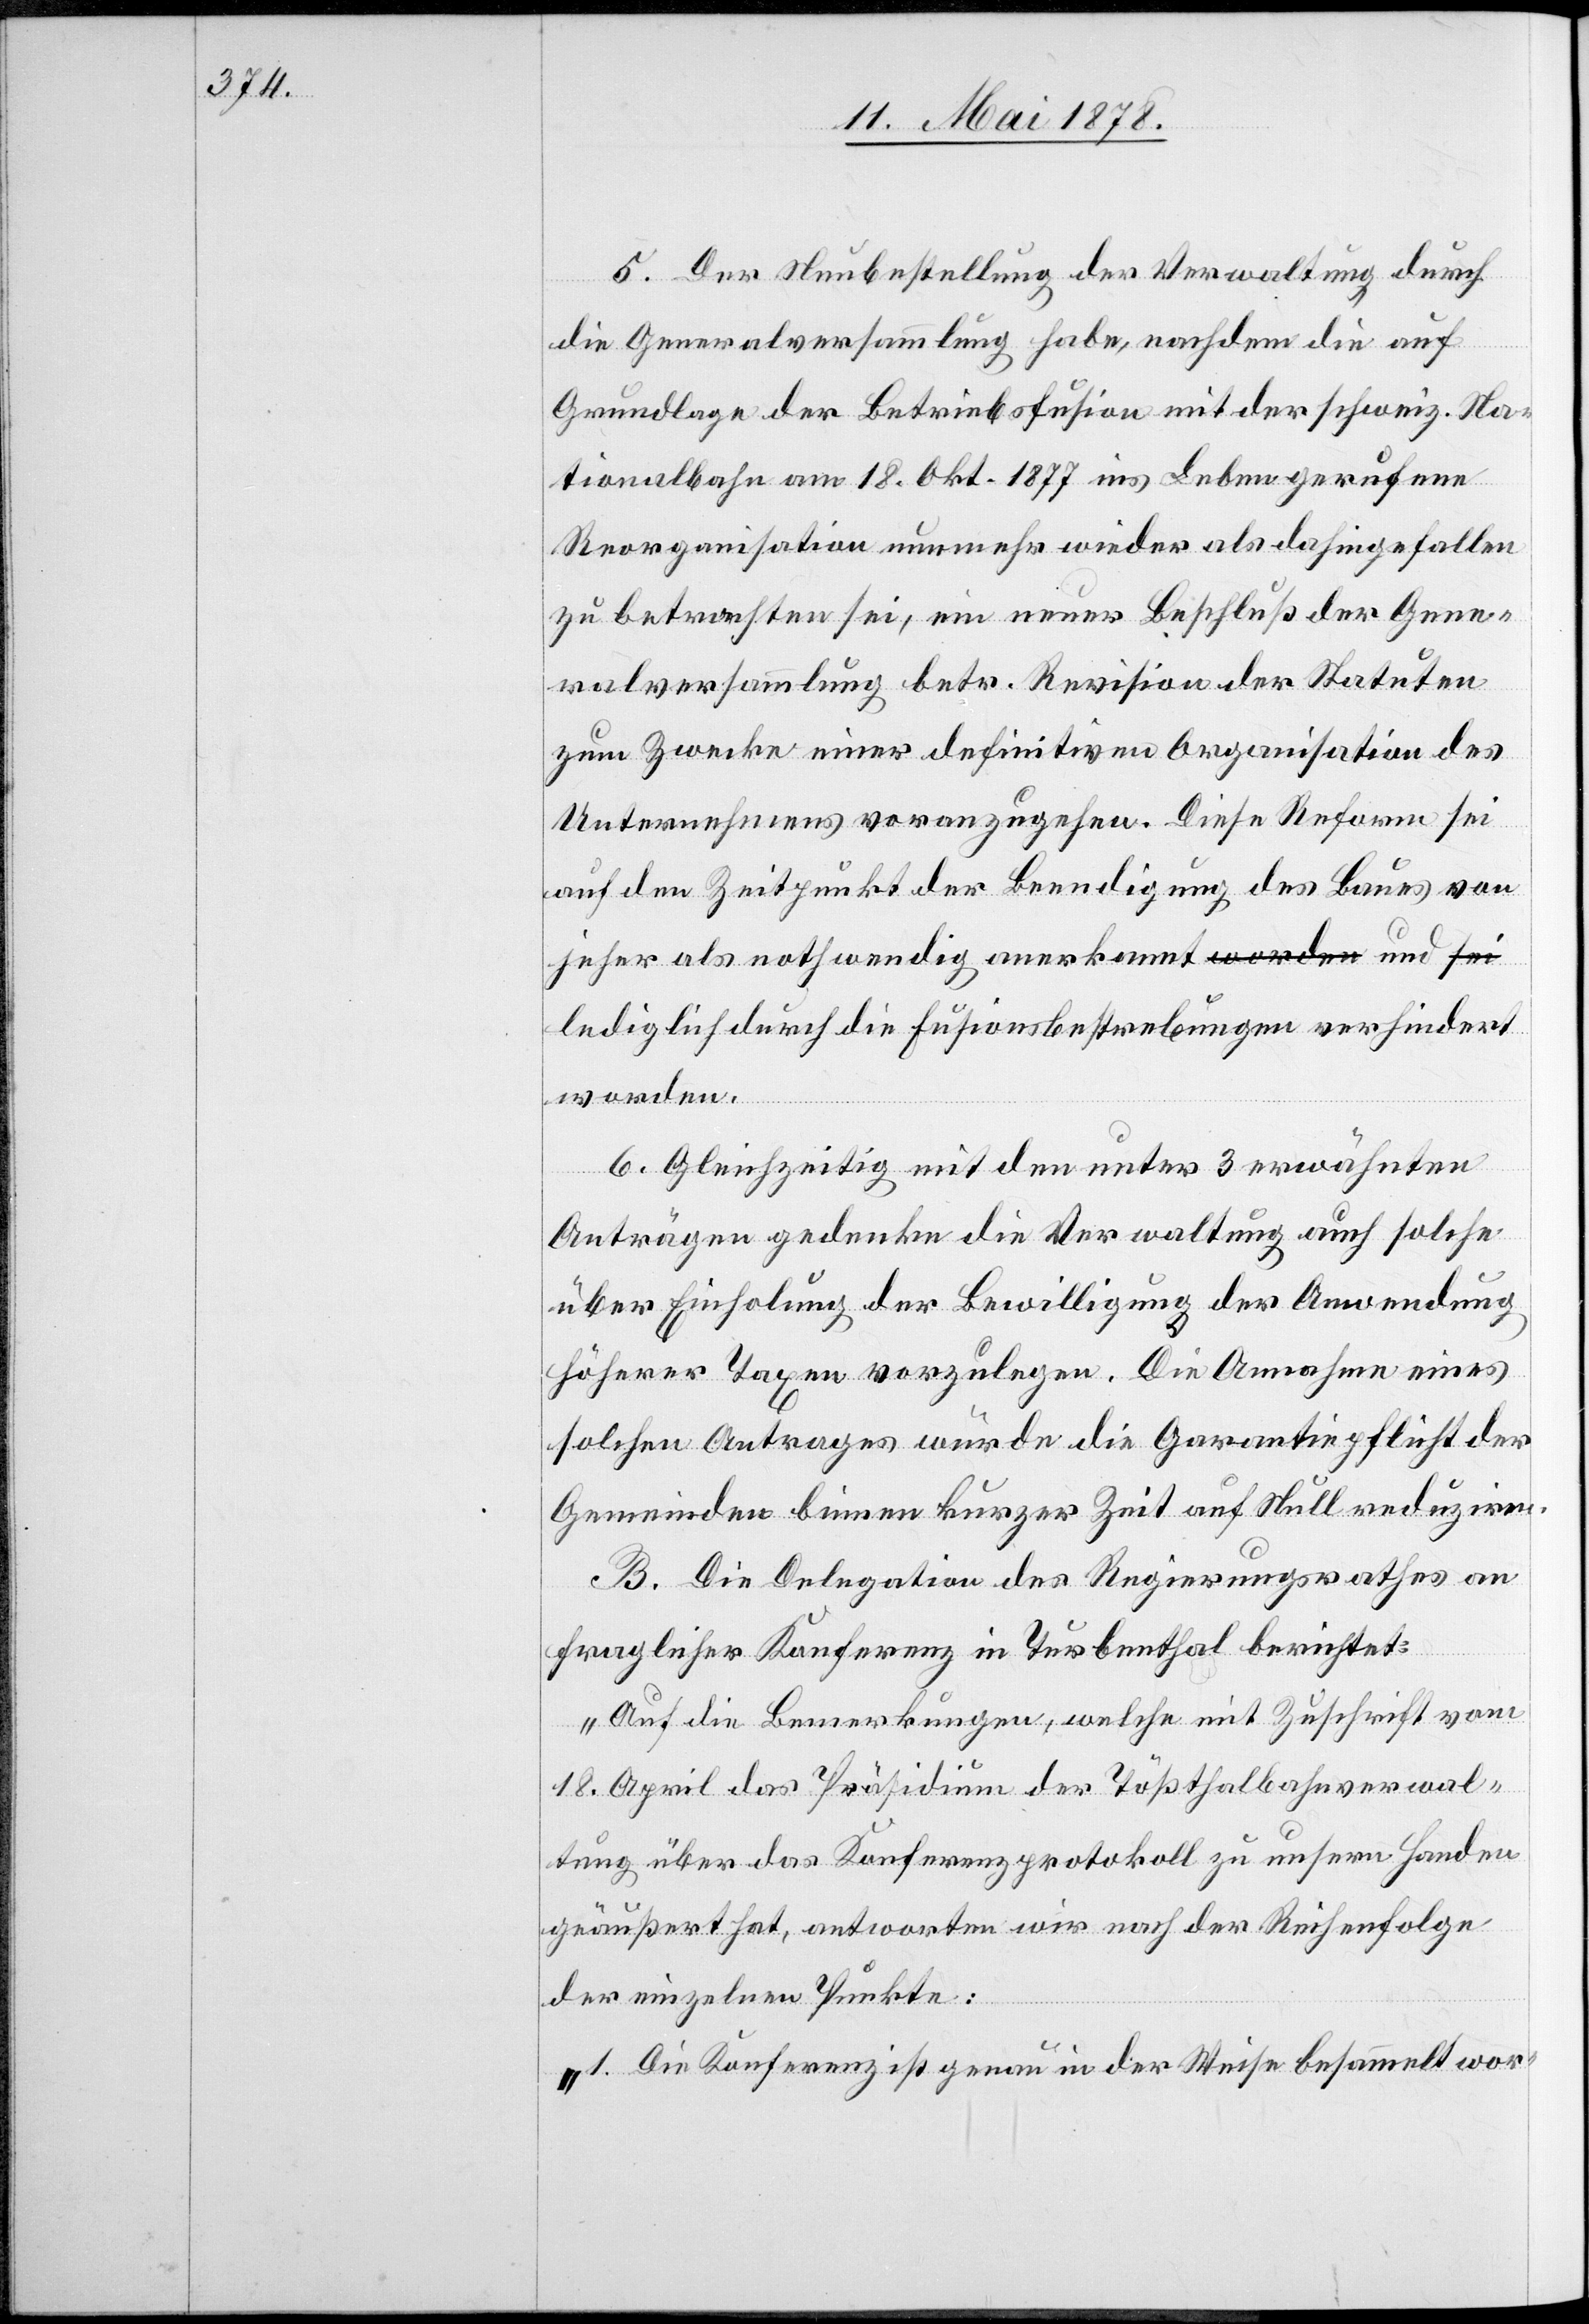
5. Der Neubestellung der Verwaltung durch
die Generalversammlung habe, nachdem die auf
Grundlage der Betriebsfusion mit der schweiz. Na¬
tionalbahn am 18. Okt. 1877 ins Leben gerufene
Reorganisation nunmehr wieder als dahingefallen
zu betrachten sei, ein neuer Beschluß der Gene¬
ralversammlung betr. Revision der Statuten
zum Zwecke einer definitiven Organisation des
Unternehmens voranzugehen. Diese Reform sei
auf den Zeitpunkt der Beendigung des Baues von
jeher als nothwendig anerkannt a-worden-a und a-sei-a
lediglich durch die Fusionsbestrebungen verhindert
worden.
6. Gleichzeitig mit den unter 3 erwähnten
Anträgen gedenke die Verwaltung auch solche
über Einholung der Bewilligung der Anwendung
höherer Taxen vorzulegen. Die Annahme eines
solchen Antrages würde die Garantiepflicht der
Gemeinden binnen kurzer Zeit auf Null reduziren.
B. Die Delegation des Regierungsrathes an
fraglicher Konferenz in Turbenthal berichtet:
„Auf die Bemerkungen, welche mit Zuschrift vom
18. April das Präsidium der Tößthalbahnverwal¬
tung über das Konferenzprotokoll zu unsern Handen
geäußert hat, antworten wir nach der Reihenfolge
der einzelnen Punkte:
„1. Die Konferenz ist genau in der Weise besammelt wor-